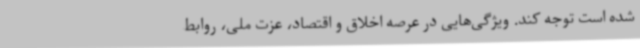
شده است توجه کند. ویژگی‌هایی در عرصه اخلاق و اقتصاد، عزت ملی، روابط